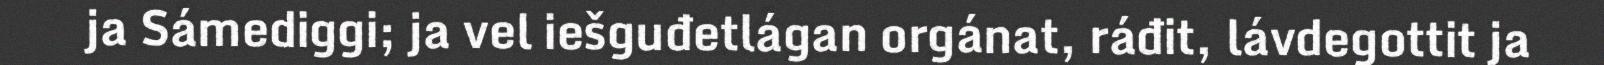
ja Sámediggi; ja vel iešguđetlágan orgánat, ráđit, lávdegottit ja